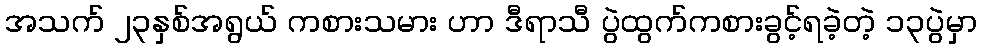
အသက် ၂၃နှစ်အရွယ် ကစားသမား ဟာ ဒီရာသီ ပွဲထွက်ကစားခွင့်ရခဲ့တဲ့ ၁၃ပွဲမှာ